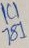
Text: 1C1781